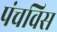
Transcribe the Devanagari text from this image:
पंचविस